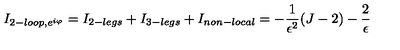
I _ { 2 - l o o p , e ^ { i \varphi } } = I _ { 2 - l e g s } + I _ { 3 - l e g s } + I _ { n o n - l o c a l } = - { \frac { 1 } { \epsilon ^ { 2 } } } ( J - 2 ) - { \frac { 2 } { \epsilon } }